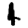
Digit: 4